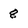
Character: 8